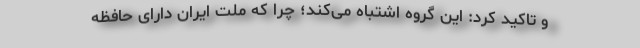
و تاکید کرد: این گروه اشتباه می‌کند؛ چرا که ملت ایران دارای حافظه